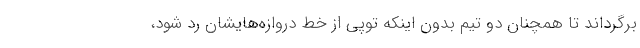
برگرداند تا همچنان دو تیم بدون اینکه توپی از خط دروازه‌هایشان رد شود،